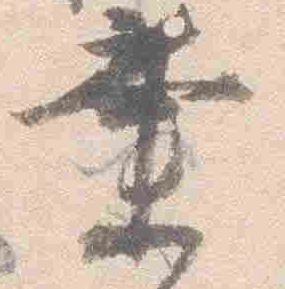
業